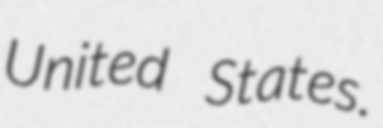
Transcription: United States.